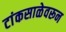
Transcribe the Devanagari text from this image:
टांकसाळेवरून